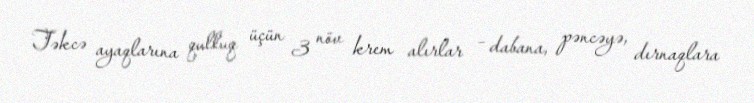
Təkcə ayaqlarına qulluq üçün 3 növ krem alırlar – dabana, pəncəyə, dırnaqlara